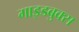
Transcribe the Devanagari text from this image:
गाइडबुक्स